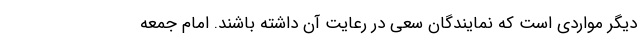
دیگر مواردی است که نمایندگان سعی در رعایت آن داشته باشند. امام جمعه